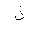
Letter: _zay